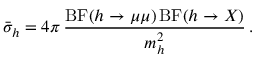
\bar { \sigma } _ { h } = 4 \pi \, { \frac { \mathrm { B F } ( h \to \mu \mu ) \, \mathrm { B F } ( h \to X ) } { m _ { h } ^ { 2 } } } \, .